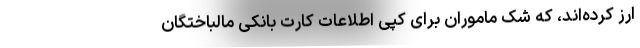
ارز کرده‌اند، که شک ماموران برای کپی اطلاعات کارت بانکی مالباختگان